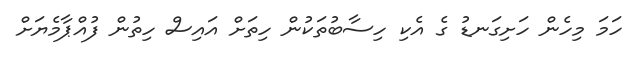
ހަމަ މިހެން ހަށިގަނޑު ގެ އެކި ހިސާބުތަކުން ހިތަށް އައިސް ހިތުން ފުއްޕާމެޔަށް